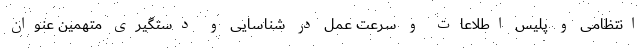
انتظامی و پلیس اطلاعات و سرعت عمل در شناسایی و دستگیری متهمین عنوان